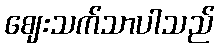
ဈေးသက်သာပါသည်